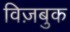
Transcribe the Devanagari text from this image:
विज़बुक